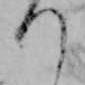
つ